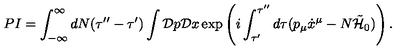
P I = \int _ { - \infty } ^ { \infty } d N ( \tau ^ { \prime \prime } - \tau ^ { \prime } ) \int { \cal D } p { \cal D } x \exp \left( i \int _ { \tau ^ { \prime } } ^ { \tau ^ { \prime \prime } } d \tau ( p _ { \mu } \dot { x } ^ { \mu } - N \tilde { \cal H } _ { 0 } ) \right) .